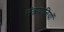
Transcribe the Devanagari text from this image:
मंत्रयानियों